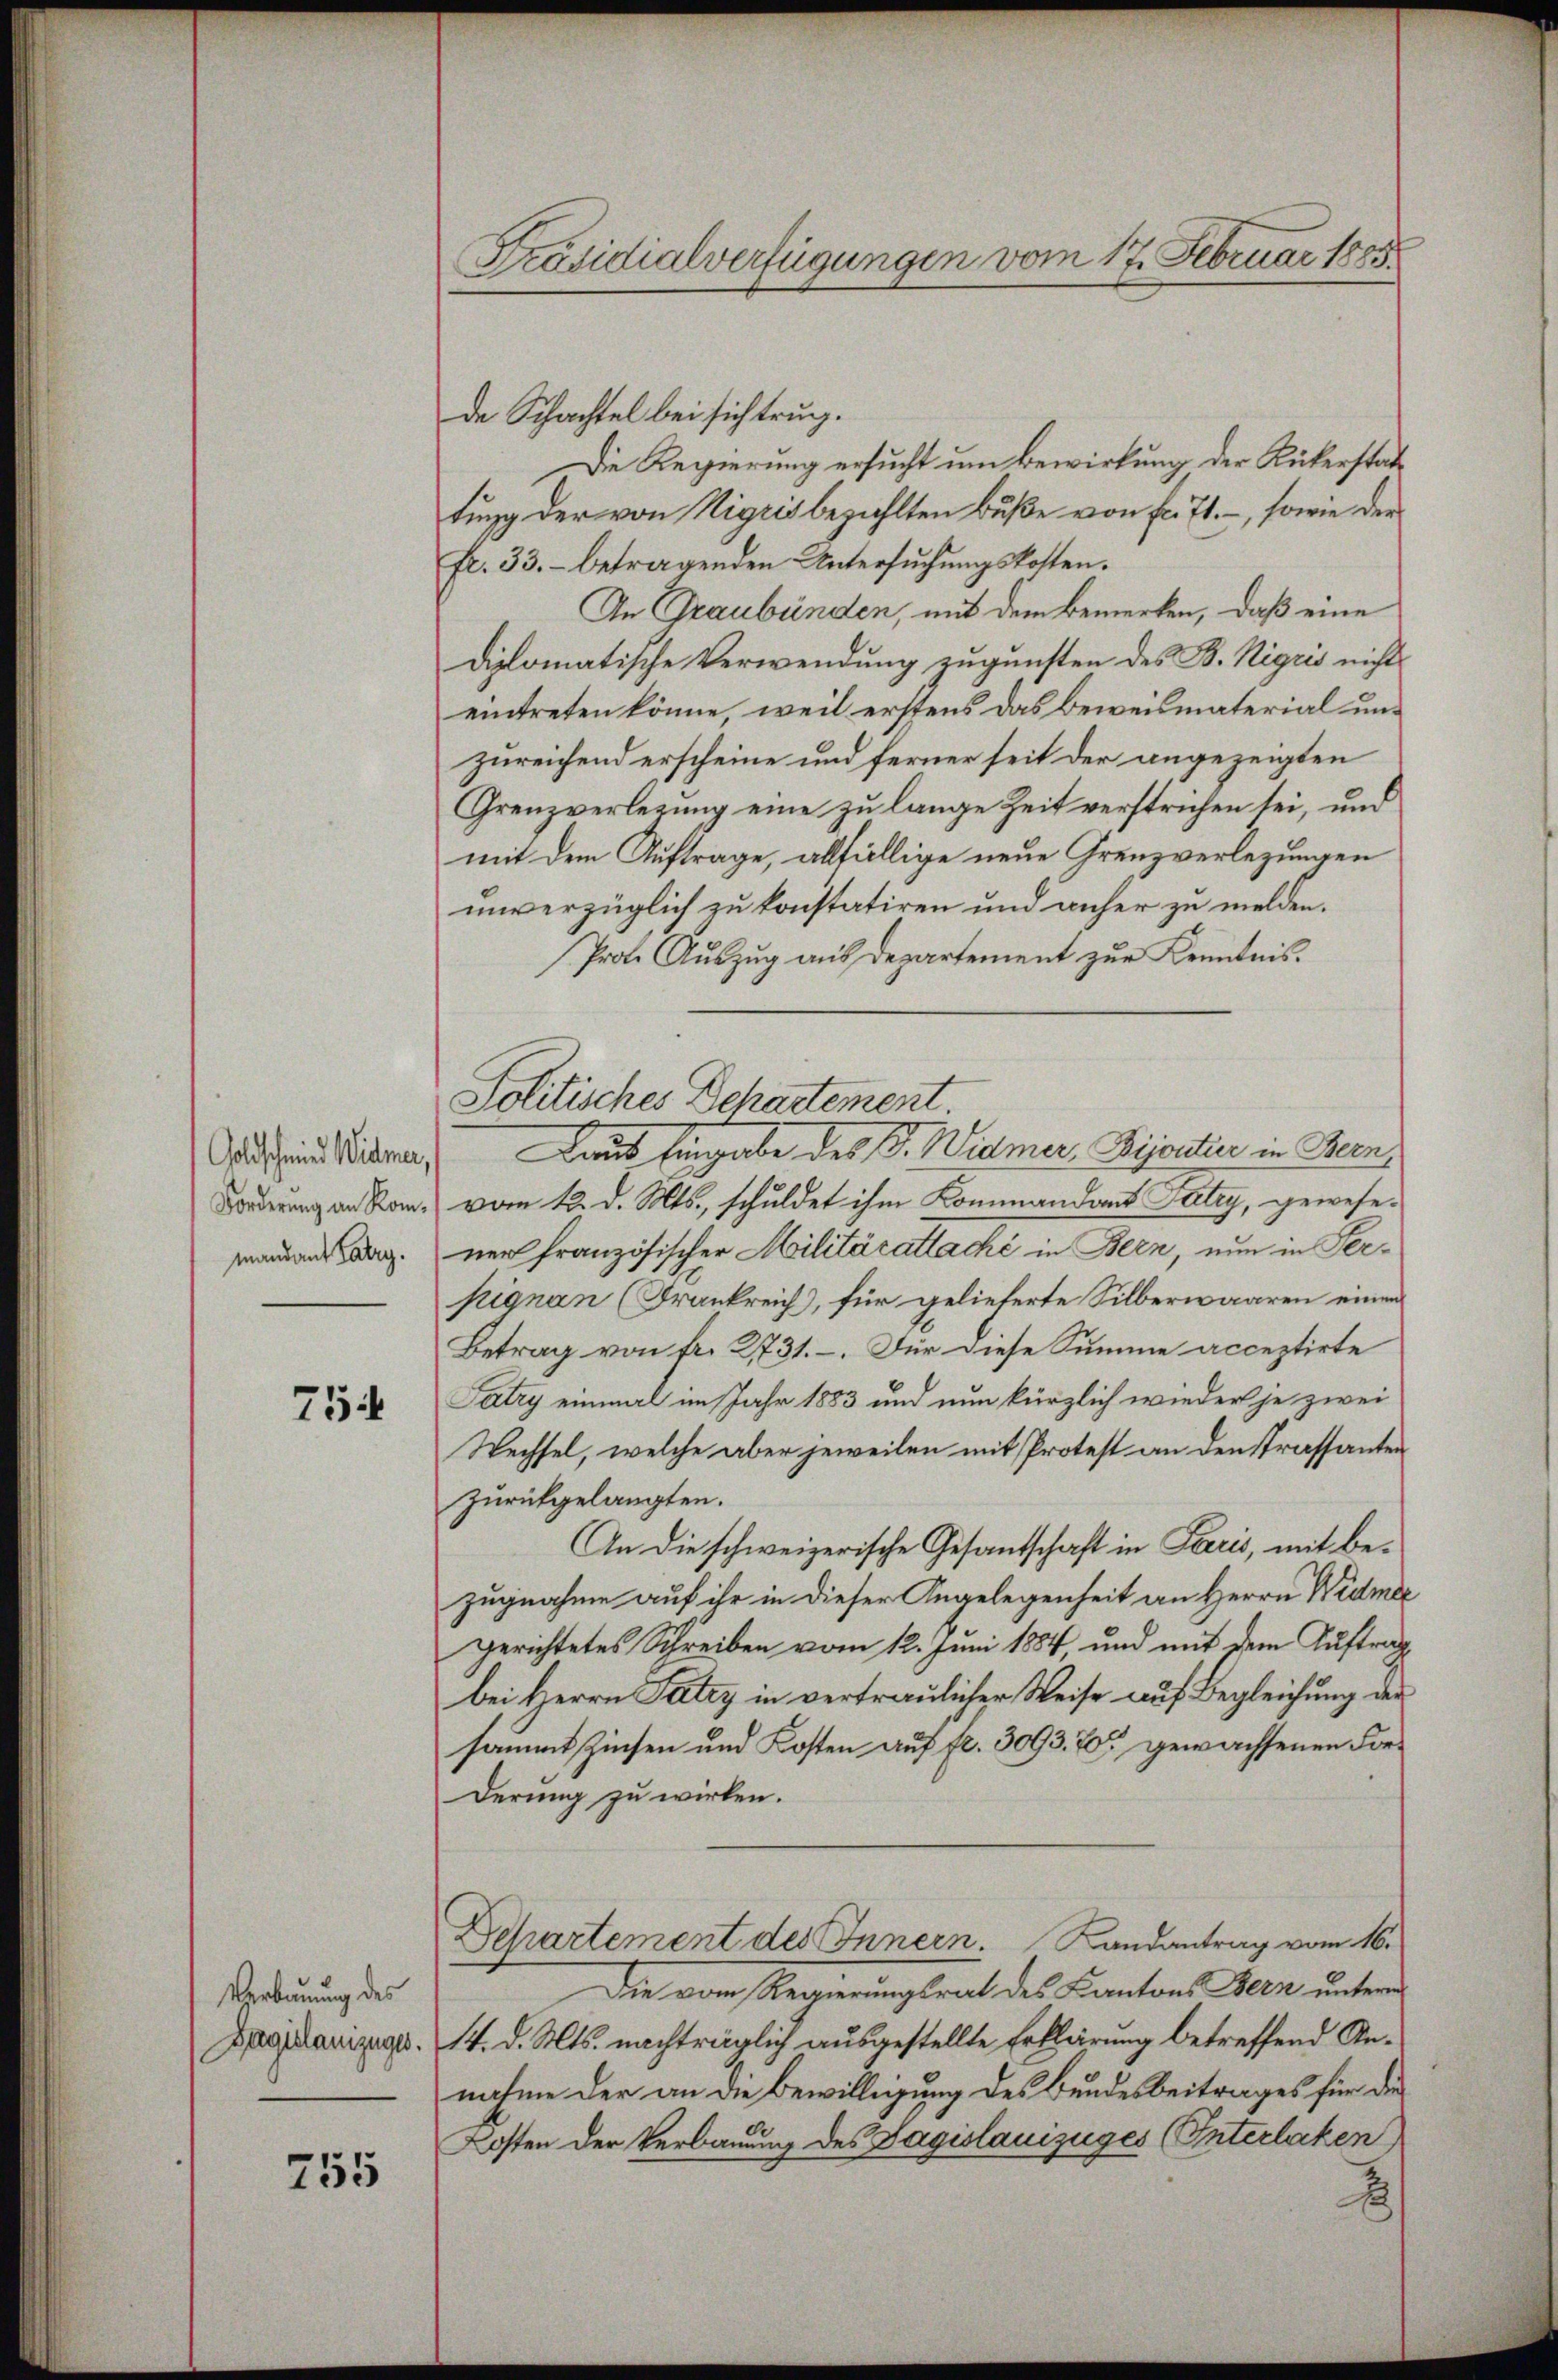
Goldschmied Widmer,
Forderung an Kommandant Patry.

754

Verbauung des
Dregislauszuges.

755

Präsidialverfügungen vom 17. Februar 1885.

de Schachtel bei sich trug.
Die Regierung ersucht um Bewirkung der Rükerstattung der von Vigris bezahlten Buße von fl. 71. –, sowie der
fr. 33. betragenden Untersuchungskotten.
An Graubünden, mit dem Bemerken, daß eine
diplomatische Verwendung zugunsten des B. Rigris nichts
eintreten könne, weil erstens das Beweismaterial unzureichend erscheine und ferner seit der angezeigten
Grenzverlegung eine zu lange Zeit verstrichen sei, und
mit dem Auftrage, allfällige neue Grenzverlegungen
unverzüglich zu konstatiren und anher zu melden.
Prote Auszug aus Departement zur Kenntnis.
vom 12. d. Mts., schuldet ihm Kommandant Fetry, gewesener französischer Militärattaché in Bern, nun in Persignan (Frankreich, für gelieferte Silberwaaren einen
Betrag von fr. 2731.–. Für diese Summe acceptirte
Fatry einmal im Jahr 1883 und nun kürzlich wieder je zwei
Wechsel, welche aber jeweilen mit Protest an den Strassanten
zurückgelangten.
An die schweizerische Gesantschaft in Paris, mit bezugnahme auf ihr in dieser Angelegenheit an Herrn Widmer
gerichtetes Schreiben vom 12. Juni 1884, und mit dem Auftrag
bei Herrn Patey in vertraulicher Weise auf Begleichung der
sammt Zinsen und Kosten auf fl. 3093. 70 gewachsenen Forderung zu wirken.
Departement des Innern. Landantrag vom 16.
Die vom Regierungsrat des Cantons Bern unterm
14. d. Mts. nachträglich ausgestellte Erklärung betreffend Annahme der an die Bewilligung des Bundesbeitrages für die
Kosten der Verbauung des Sagislauszuges (Interlaken
x

Politisches Departement.
Laut Eingabe des P. Widmer, Bijoutini in Bern